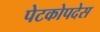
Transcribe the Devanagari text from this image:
पेटकोपदेस